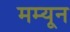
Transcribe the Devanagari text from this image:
मम्यून